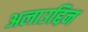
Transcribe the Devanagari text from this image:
अलाउद्दिन